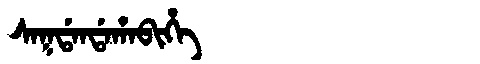
Manchu: ᠰᠠᡴᡩᠠᠨᡩᠠᡥᠠᠪᡳᡥᡝ
Romanization: SAKDANDAHABIHE